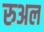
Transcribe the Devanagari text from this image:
रुअल